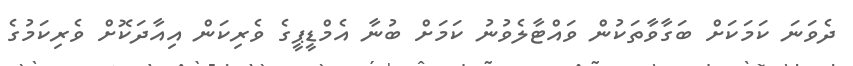
ދެވަނަ ކަމަކަށް ބަގާވާތަކުން ވައްޓާލެވުނު ކަމަށް ބުނާ އެމްޑީޕީގެ ވެރިކަން އިއާދަކޮށް ވެރިކަމުގެ